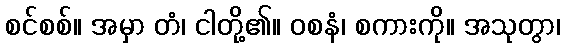
စင်စစ်။ အမှာ တံ၊ ငါတို့၏။ ဝစနံ၊ စကားကို။ အသုတွာ၊